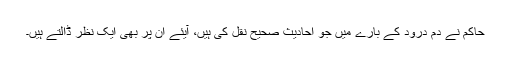
حاکم نے دم درود کے بارے میں جو احادیث صحیح نقل کی ہیں، آیئے اُن پر بھی ایک نظر ڈالتے ہیں۔